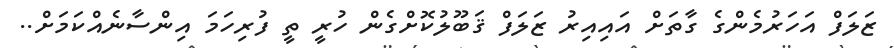
ޒަލަފް އަހަރުމެންގެ ގާތަށް އައިއިރު ޒަލަފް ޤަބޫލުކޮށްގެން ހުރީ ތީ ފުރިހަމަ އިންސާނެއްކަމަށް..